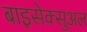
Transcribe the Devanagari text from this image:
बाइसेक्सुअल